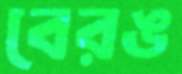
বেরঙ